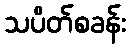
သပိတ်စခန်း